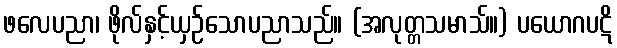
ဖလေပညာ၊ ဖိုလ်နှင့်ယှဉ်သောပညာသည်။ (အလုတ္တသမာသ်။) ပယောဂပဋိ